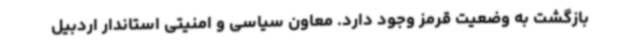
بازگشت به وضعیت قرمز وجود دارد. معاون سیاسی و امنیتی استاندار اردبیل